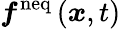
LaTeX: \boldsymbol{f}^{\mathrm{neq}}\left(\boldsymbol{x},t\right)